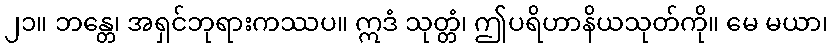
၂၁။ ဘန္တေ၊ အရှင်ဘုရားကဿပ။ ဣဒံ သုတ္တံ၊ ဤပရိဟာနိယသုတ်ကို။ မေ မယာ၊